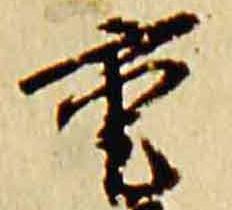
重